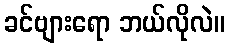
ခင်ဗျားရော ဘယ်လိုလဲ။